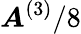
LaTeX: \boldsymbol{A}^{(3)}/8